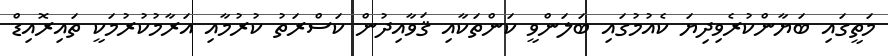
މަތީގައި ބަޔާންކުރެވިދިޔަ ކެއުމުގައި ބަލަންވީ ކަންތަކާއި ޤަވާއިދުން ކަސްރަތު ކުރުމާއި އަރާމުކުރުމަކީ ތައިރޮއިޑް